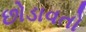
છોડાવતો